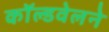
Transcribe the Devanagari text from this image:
काॅल्डवेलने